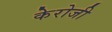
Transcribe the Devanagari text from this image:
केरोजी